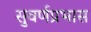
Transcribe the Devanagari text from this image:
सुवर्णप्रभास